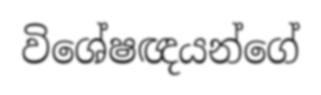
විශේෂඥයන්ගේ